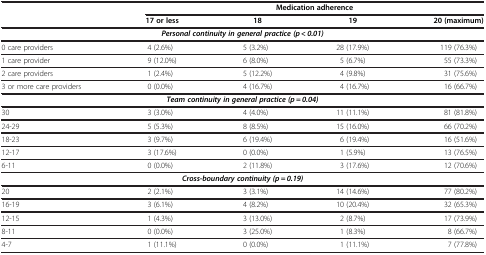
<table><thead><tr><td rowspan="2"><b> </b></td><td colspan="4"><b>Medication adherence</b></td></tr><tr><td><b>17 or less</b></td><td><b>18</b></td><td><b>19</b></td><td><b>20 (maximum)</b></td></tr></thead><tbody><tr><td colspan="5"><b><i>Personal continuity in general practice (p &lt; 0.01)</i></b></td></tr><tr><td>0 care providers</td><td>4 (2.6%)</td><td>5 (3.2%)</td><td>28 (17.9%)</td><td>119 (76.3%)</td></tr><tr><td>1 care provider</td><td>9 (12.0%)</td><td>6 (8.0%)</td><td>5 (6.7%)</td><td>55 (73.3%)</td></tr><tr><td>2 care providers</td><td>1 (2.4%)</td><td>5 (12.2%)</td><td>4 (9.8%)</td><td>31 (75.6%)</td></tr><tr><td>3 or more care providers</td><td>0 (0.0%)</td><td>4 (16.7%)</td><td>4 (16.7%)</td><td>16 (66.7%)</td></tr><tr><td colspan="5"><b><i>Team continuity in general practice (p = 0.04)</i></b></td></tr><tr><td>30</td><td>3 (3.0%)</td><td>4 (4.0%)</td><td>11 (11.1%)</td><td>81 (81.8%)</td></tr><tr><td>24-29</td><td>5 (5.3%)</td><td>8 (8.5%)</td><td>15 (16.0%)</td><td>66 (70.2%)</td></tr><tr><td>18-23</td><td>3 (9.7%)</td><td>6 (19.4%)</td><td>6 (19.4%)</td><td>16 (51.6%)</td></tr><tr><td>12-17</td><td>3 (17.6%)</td><td>0 (0.0%)</td><td>1 (5.9%)</td><td>13 (76.5%)</td></tr><tr><td>6-11</td><td>0 (0.0%)</td><td>2 (11.8%)</td><td>3 (17.6%)</td><td>12 (70.6%)</td></tr><tr><td colspan="5"><b><i>Cross-boundary continuity (p = 0.19)</i></b></td></tr><tr><td>20</td><td>2 (2.1%)</td><td>3 (3.1%)</td><td>14 (14.6%)</td><td>77 (80.2%)</td></tr><tr><td>16-19</td><td>3 (6.1%)</td><td>4 (8.2%)</td><td>10 (20.4%)</td><td>32 (65.3%)</td></tr><tr><td>12-15</td><td>1 (4.3%)</td><td>3 (13.0%)</td><td>2 (8.7%)</td><td>17 (73.9%)</td></tr><tr><td>8-11</td><td>0 (0.0%)</td><td>3 (25.0%)</td><td>1 (8.3%)</td><td>8 (66.7%)</td></tr><tr><td>4-7</td><td>1 (11.1%)</td><td>0 (0.0%)</td><td>1 (11.1%)</td><td>7 (77.8%)</td></tr></tbody></table>